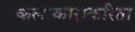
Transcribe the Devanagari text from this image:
कलाकाराकरिता